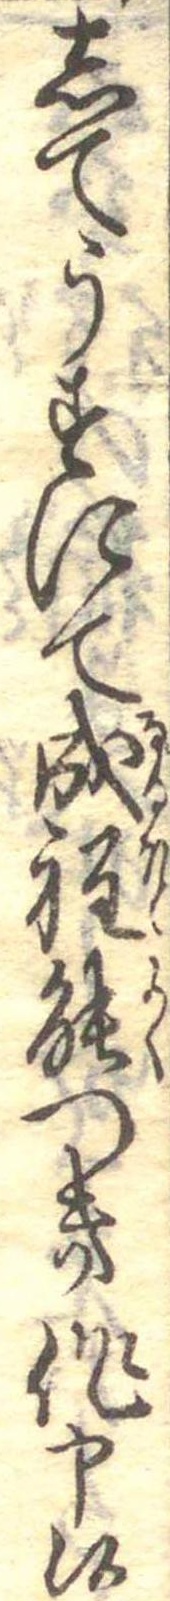
してうすにて成程能つき作申候